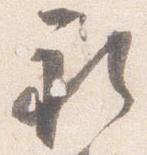
礼